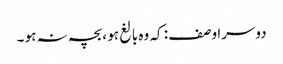
دوسرا وصف : کہ وہ بالغ ہو ،بچہ نہ ہو ۔